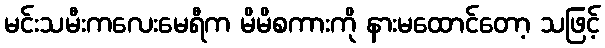
မင်းသမီးကလေးမေရီက မိမိစကားကို နားမထောင်တော့ သဖြင့်